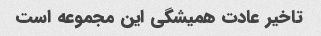
تاخیر عادت همیشگی این مجموعه است